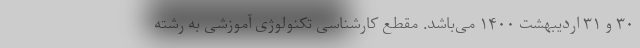
۳۰ و ۳۱ اردیبهشت ۱۴۰۰ می‌باشد. مقطع کارشناسی تکنولوژی آموزشی به رشته